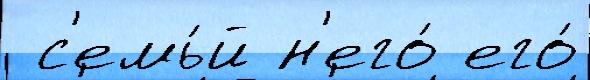
 с'емь́й н'его́ его́